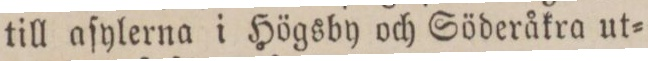
till aſylerna i Högsby och Söderåkra ut=